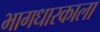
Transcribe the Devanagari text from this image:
भागधारकाला